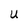
Character: U